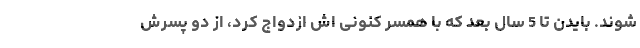
شوند. بایدن تا 5 سال بعد که با همسر کنونی اش ازدواج کرد، از دو پسرش